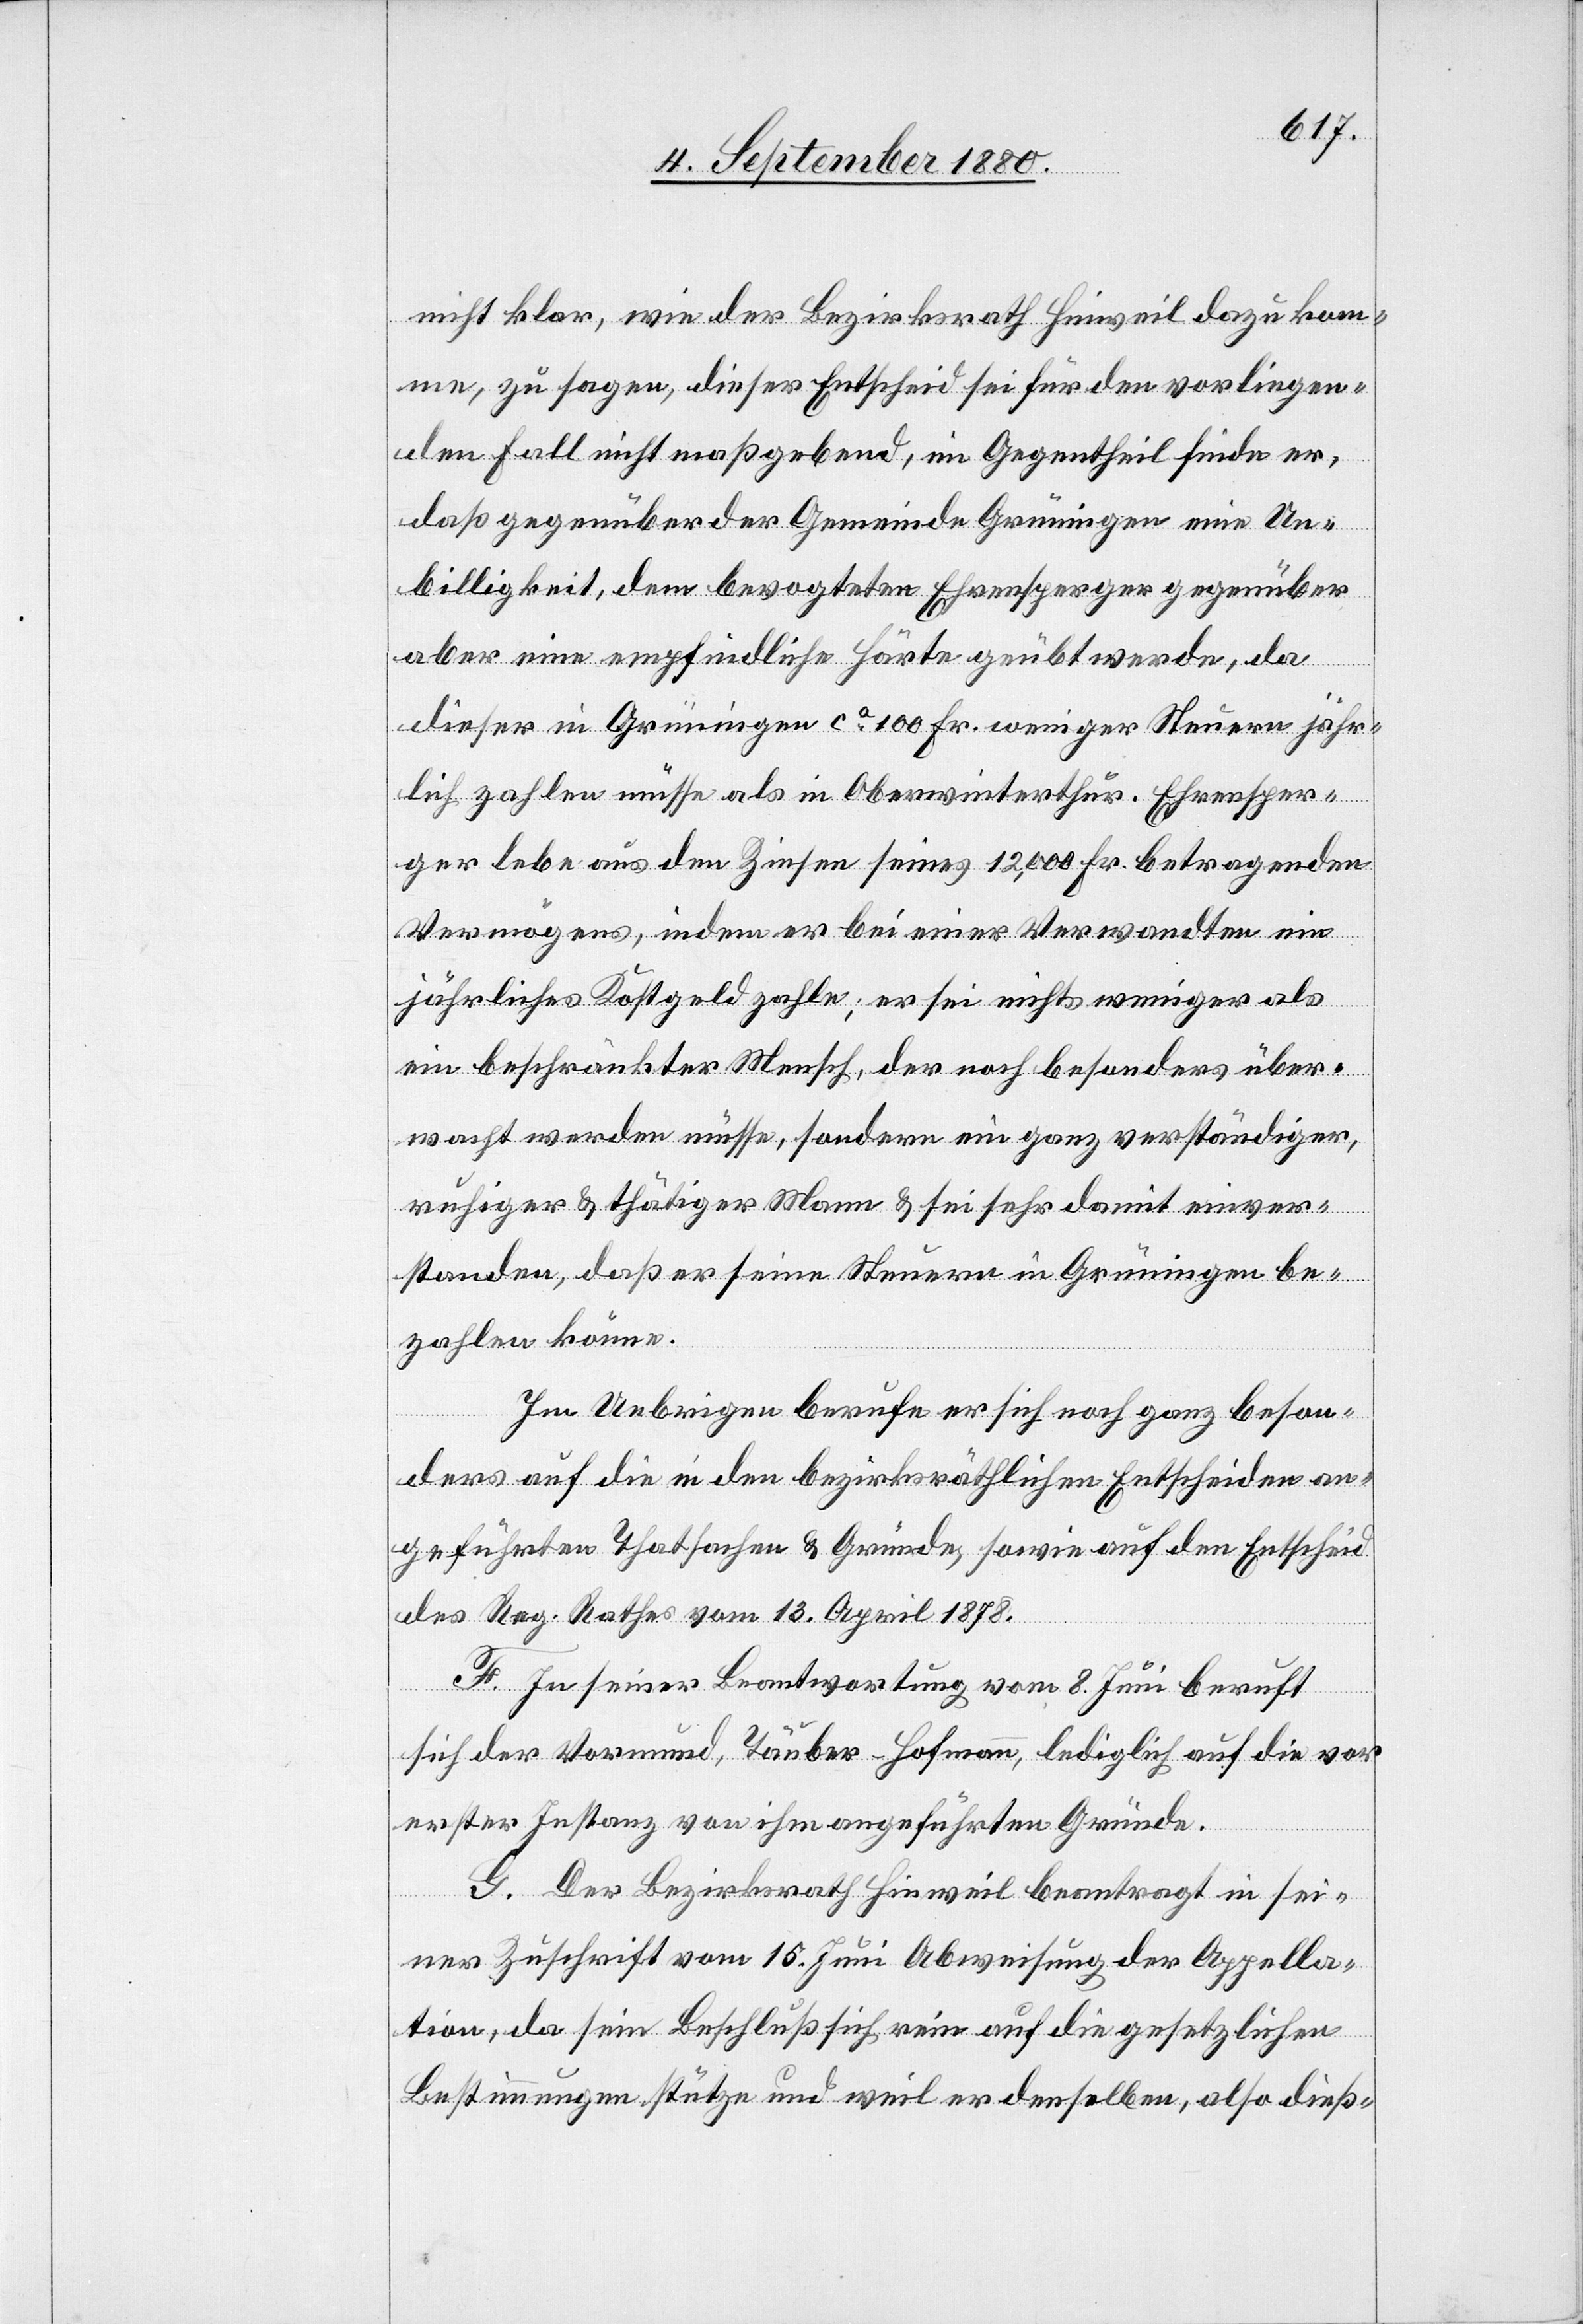
nicht klar, wie der Bezirksrath Hinweil dazu kom¬
me, zu sagen, dieser Entscheid sei für den vorliegen¬
den Fall nicht maßgebend, im Gegentheil finde er,
daß gegenüber der Gemeinde Grüningen eine Un¬
billigkeit, dem bevogteten Ehrensperger gegenüber
aber eine empfindliche Härte geübt werde, da
dieser in Grüningen ca 100 Fr. weniger Steuern jähr¬
lich zahlen müsse als in Oberwinterthur. Ehrensper¬
ger lebe aus den Zinsen seines 12,000 Fr. betragenden
Vermögens, indem er bei einer Verwandten ein
jährliches Kostgeld zahle; er sei nichts weniger als
ein beschränkter Mensch, der noch besonders über¬
wacht werden müsse, sondern ein ganz verständiger,
ruhiger & thätiger Mann & sei sehr damit einver¬
standen, daß er seine Steuern in Grüningen be¬
zahlen könne.
Im Uebrigen berufe er sich noch ganz beson¬
ders auf die in den bezirksräthlichen Entscheiden an¬
geführten Thatsachen & Gründe, sowie auf den Entscheid
des Reg. Rathes vom 13. April 1878.
F. In seiner Beantwortung vom 8. Juni beruft
sich der Vormund, Tauber-Hofmann, lediglich auf die vor
erster Instanz von ihm abgeführten Gründe.
G. Der Bezirksrath Hinweil beantragt in sei¬
ner Zuschrift vom 15. Juni Abweisung der Appella¬
tion, da sein Beschluß sich rein auf die gesetzlichen
Bestimmungen stütze und weil er denselben, also dieß-